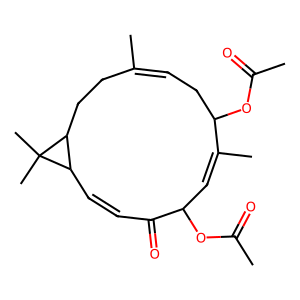
SMILES: CC(=O)OC1C=C(C)C(OC(C)=O)CC=C(C)CCC2C(C=CC1=O)C2(C)C
Inhibits HIV replication: No